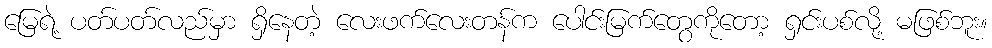
မြေရဲ့ ပတ်ပတ်လည်မှာ ရှိနေတဲ့ လေးဖက်လေးတန်က ပေါင်းမြက်တွေကိုတော့ ရှင်းပစ်လို့ မဖြစ်ဘူး။